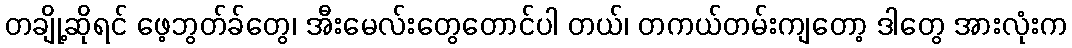
တချို့ဆိုရင် ဖေ့ဘွတ်ခ်တွေ၊ အီးမေလ်းတွေတောင်ပါ တယ်၊ တကယ်တမ်းကျတော့ ဒါတွေ အားလုံးက